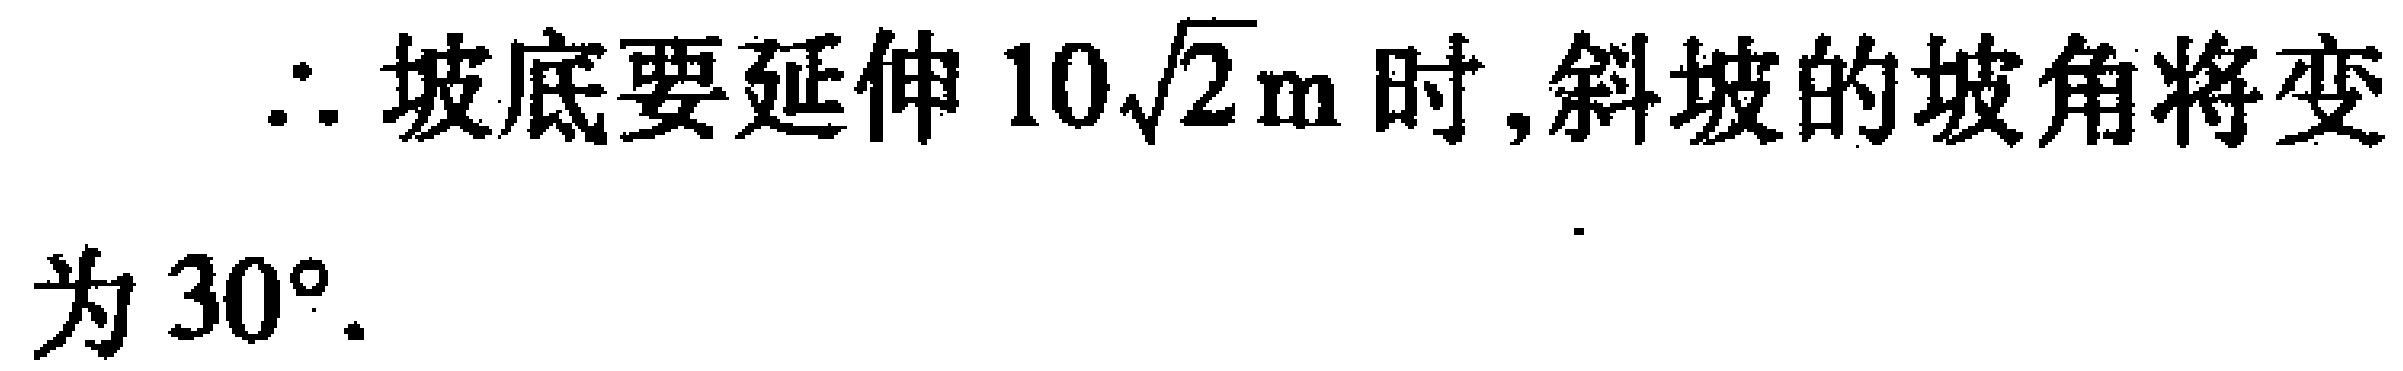
$\therefore$坡底要延伸$10\sqrt{2}\mathrm{m}$时,斜坡的坡角将变为$30^{\circ}.$